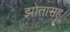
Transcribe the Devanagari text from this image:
झोतासह